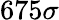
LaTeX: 675\sigma